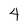
Character: 4